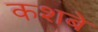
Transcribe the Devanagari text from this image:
कशबे